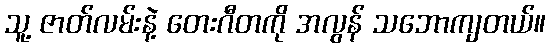
သူ့ ဇာတ်လမ်းနဲ့ တေးဂီတကို အလွန် သဘောကျတယ်။